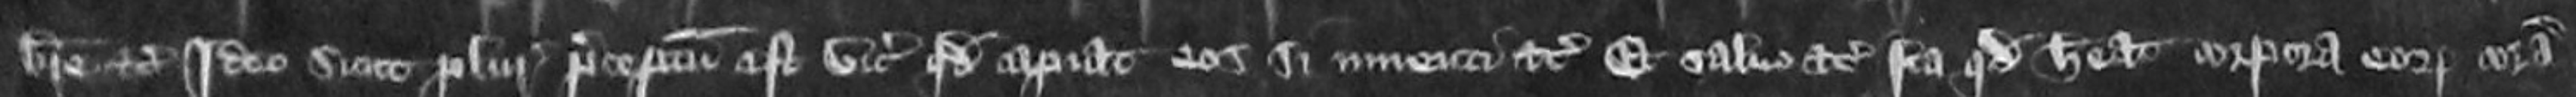
breve etc Ideo sicut pluries preceptum est vicecomiti quod capiat eos si inventi etc et salvo etc ita quod habeat corpora eorum coram